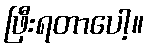
ဖြီးရတာပေါ့။